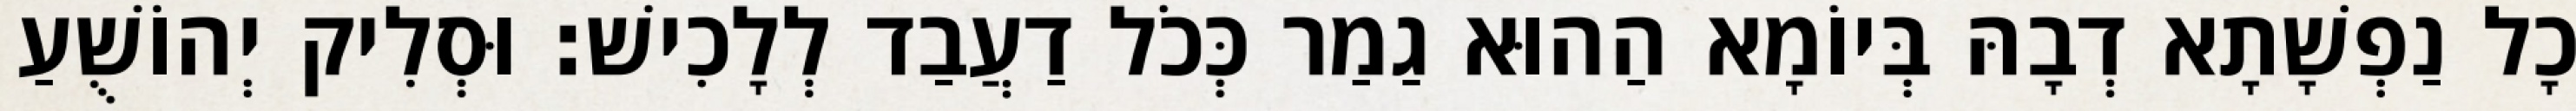
כָל נַפְשָׁתָא דְבָהּ בְּיוֹמָא הַהוּא גַמַר כְּכֹל דַעֲבַד לְלָכִישׁ׃ וּסְלִיק יְהוֹשֻׁעַ